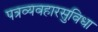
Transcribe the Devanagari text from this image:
पत्रव्यवहारसुविधा